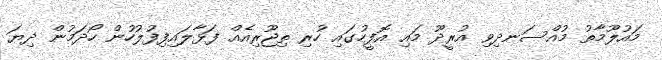
މައުލޫމާތު މުއްސަނދިވި އުރީދޫ މައި އޮފީހުގައި ހުރި ތިޖޫރިއެއް ފަޅާލައިފިފުލުހުން ހޯދަމުން ދިޔަ